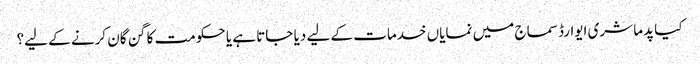
کیا پدما شری ایوارڈ سماج میں نمایاں خدمات کے لیے دیا جاتا ہے یا حکومت کا گن گان کرنے کے لیے؟